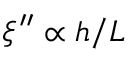
\xi ^ { \prime \prime } \propto h / L